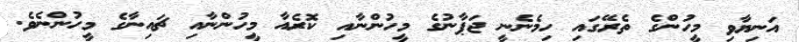
އަނިޔާވި މީހުންގެ ތެރޭގައި ހިމެނެނީ ޖަޕާނުގެ މީހުންނާއި ކޮރެއާ މީހުންނާއި ޗައިނާގެ މީހުންނެވެ.